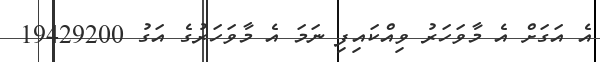
އެ އަގަށް އެ މާވަހަރު ވިއްކައިފި ނަމަ އެ މާވަހަރުގެ އަގު 19429200